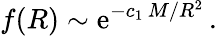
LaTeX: f(R)\sim\mathrm{e}^{-c_{1}\, M/R^{2}}\, .